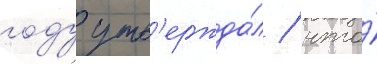
году утв'ержда́л / что́